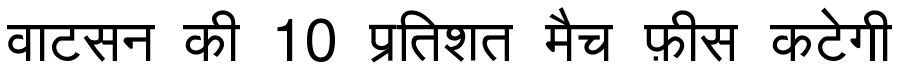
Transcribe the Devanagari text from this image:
वाटसन की 10 प्रतिशत मैच फ़ीस कटेगी